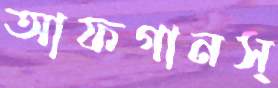
আফগানস্